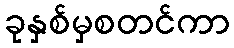
ခုနှစ်မှစတင်ကာ